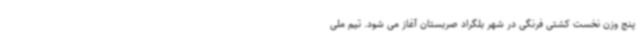
پنج وزن نخست کشتی فرنگی در شهر بلگراد صربستان آغاز می شود. تیم ملی